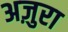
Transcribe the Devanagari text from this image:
अज़ुरा